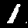
Digit: 1